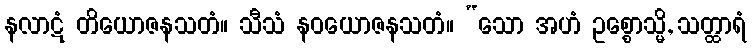
နလာဋံ တိယောဇနသတံ။ သီသံ နဝယောဇနသတံ။ “သော အဟံ ဥစ္စောသ္မိ, သတ္ထာရံ